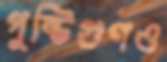
পুষ্টিগুণও